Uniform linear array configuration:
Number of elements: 16
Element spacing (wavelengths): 0.5
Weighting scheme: uniform
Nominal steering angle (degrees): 60
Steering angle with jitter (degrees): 58.108
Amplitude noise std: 0.05
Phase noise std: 0.05

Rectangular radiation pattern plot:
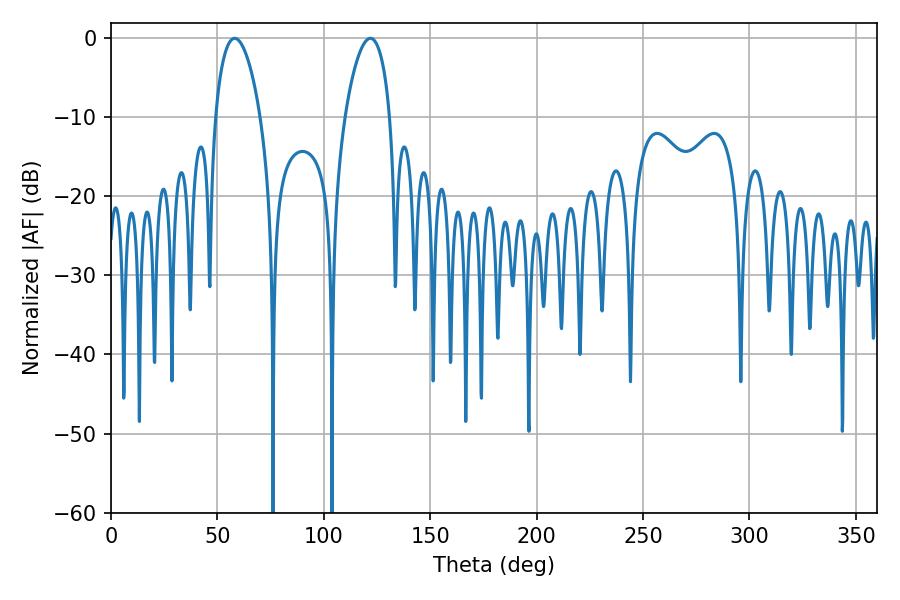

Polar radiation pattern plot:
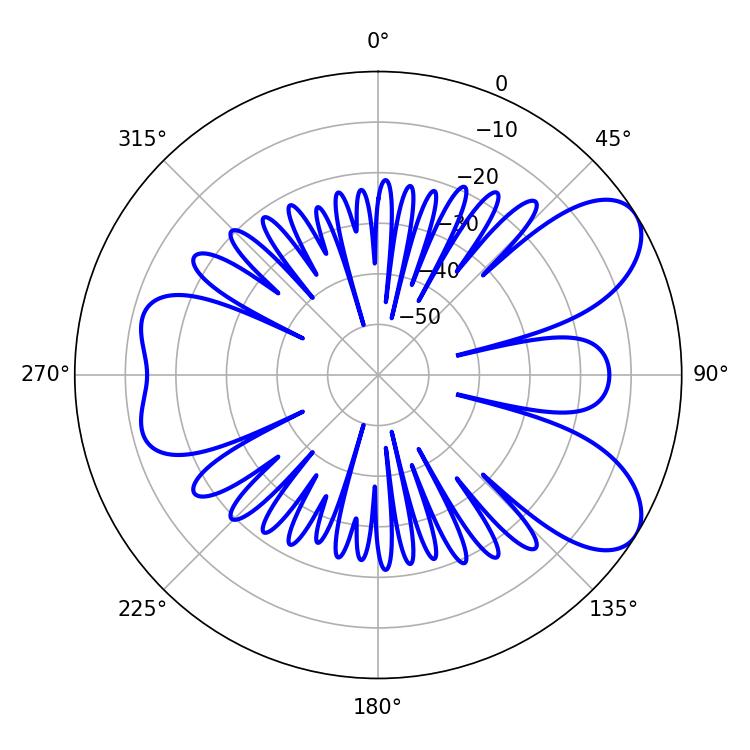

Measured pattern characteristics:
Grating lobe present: FALSE
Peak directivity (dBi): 7.601
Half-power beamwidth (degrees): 12.06
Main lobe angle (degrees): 58.14